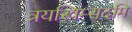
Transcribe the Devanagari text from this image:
त्रयस्त्रिम्सदमि